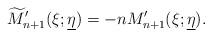
LaTeX: \begin{align*}\widetilde{M}'_{n+1}(\xi;\underline{\eta})=-nM'_{n+1}(\xi;\underline{\eta}).\end{align*}